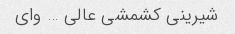
شیرینی کشمشی عالی … وای